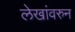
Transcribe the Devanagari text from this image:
लेखांवरुन